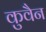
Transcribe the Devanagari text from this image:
कुवैन